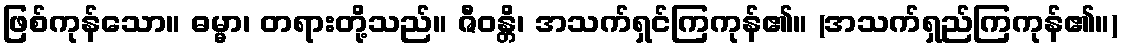
ဖြစ်ကုန်သော။ ဓမ္မာ၊ တရားတို့သည်။ ဇီဝန္တိ၊ အသက်ရှင်ကြကုန်၏။ (အသက်ရှည်ကြကုန်၏။)